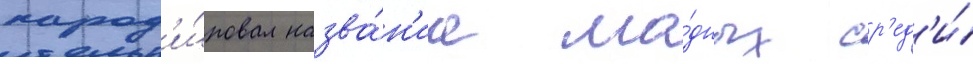
парод'и́ровал назва́н'иа мо́дных ср'ед'и́